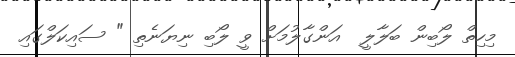
މިހިތް ލޯބިން ބަލާލީ  އަންގާލުމަށް ވީ ލޯބި ނިޔަނެތި " ސައިކަލްގައި